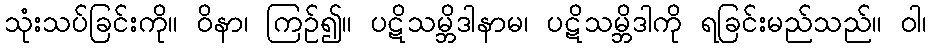
သုံးသပ်ခြင်းကို။ ဝိနာ၊ ကြဉ်၍။ ပဋိသမ္ဘိဒါနာမ၊ ပဋိသမ္ဘိဒါကို ရခြင်းမည်သည်။ ဝါ၊